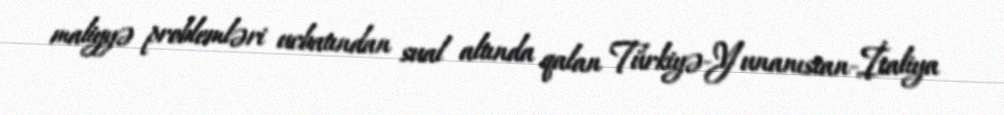
maliyyə problemləri ucbatından sual altında qalan Türkiyə-Yunanıstan-İtaliya